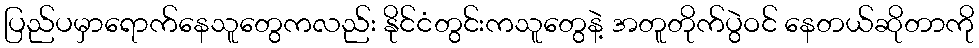
ပြည်ပမှာရောက်နေသူတွေကလည်း နိုင်ငံတွင်းကသူတွေနဲ့ အတူတိုက်ပွဲဝင် နေတယ်ဆိုတာကို